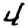
Digit: 4